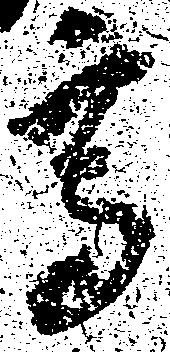
高